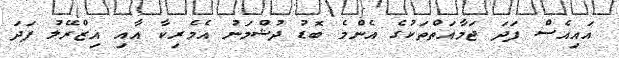
އައިއެސް ފަދަ ޖަމާއަތްތަކުގެ އެންމެ ބޮޑު ދުޝްމަނު އެމެރިކާ އާއި އިޒްރޭލު ފަދަ